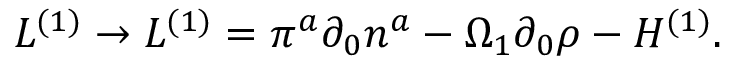
{ \cal L } ^ { ( 1 ) } \rightarrow { \cal L } ^ { ( 1 ) } = \pi ^ { a } \partial _ { 0 } { n } ^ { a } - \Omega _ { 1 } \partial _ { 0 } { \rho } - { \cal H } ^ { ( 1 ) } .